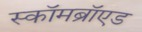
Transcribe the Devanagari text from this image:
स्कॉमब्रॉएड